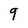
Character: 9